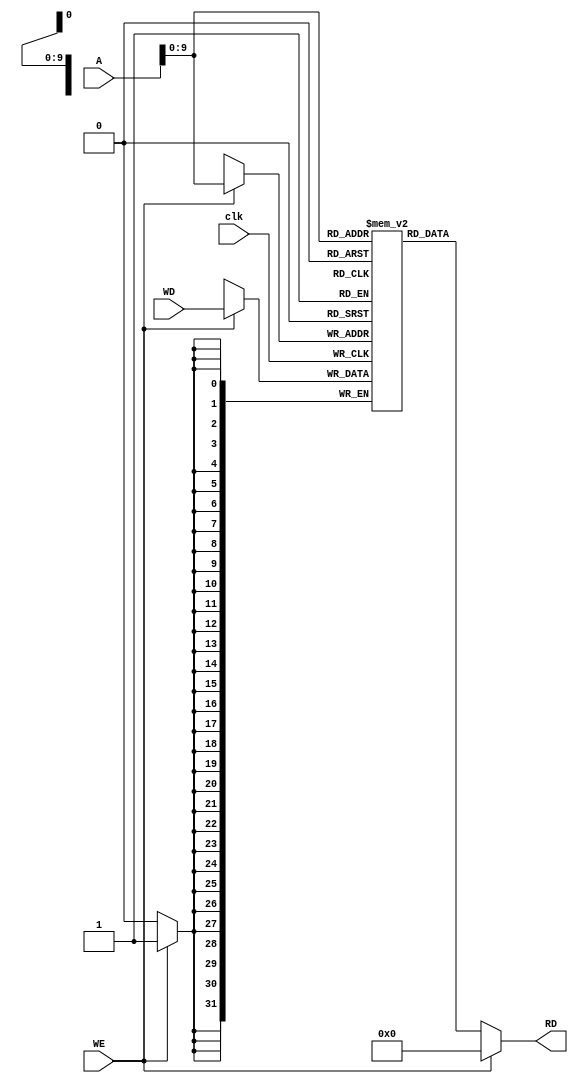
module Data_Memory(clk, A, WD, WE, RD);

  input clk; 
  input [31:0] A, WD;
  input WE;

  output [31:0] RD;
  
  reg [31:0] Memory [1023:0]; 

  assign RD = (WE == 1'b0) ? Memory[A] : 32'h00000000; 
  
  always @(posedge clk) begin 
    if (WE) begin 
        Memory[A] <= WD;
      end 
  end
endmodule